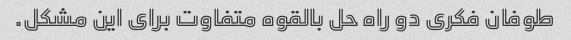
طوفان فکری دو راه حل بالقوه متفاوت برای این مشکل.